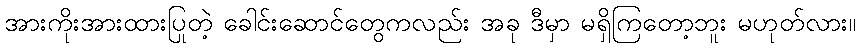
အားကိုးအားထားပြုတဲ့ ခေါင်းဆောင်တွေကလည်း အခု ဒီမှာ မရှိကြတော့ဘူး မဟုတ်လား။